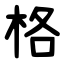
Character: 格